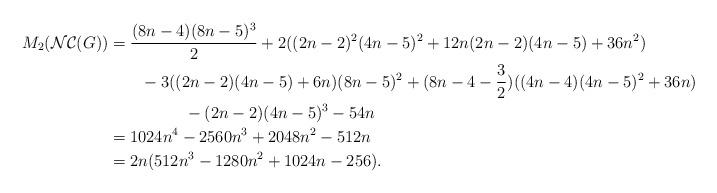
LaTeX: \begin{align*} M_{2}(\mathcal{NC}(G))&=\dfrac{(8n-4)(8n-5)^{3}}{2}+2((2n-2)^{2}(4n-5)^{2}+12n(2n-2)(4n-5)+36n^{2}) \\ &~~~~~~-3((2n-2)(4n-5)+6n)(8n-5)^{2} +(8n-4-\dfrac{3}{2})((4n-4)(4n-5)^{2}+36n)\\ &~~~~~~~~~~~~~~-(2n-2)(4n-5)^{3}-54n \\ &= 1024n^{4}-2560n^{3}+2048n^{2}-512n \\ &= 2n(512n^{3}-1280n^{2}+1024n-256).\end{align*}